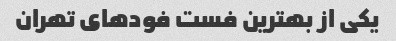
یکی از بهترین فست فودهای تهران